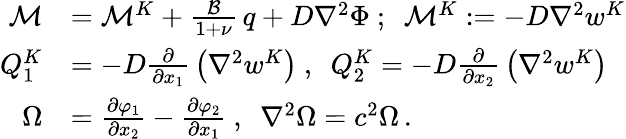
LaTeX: {\begin{array}{rl}{{\mathcal{M}}}&{={\mathcal{M}}^{K}+{\frac{\mathcal{B}}{1+\nu}}\, q+D\nabla^{2}\Phi~;~~{\mathcal{M}}^{K}:=-D\nabla^{2}w^{K}}\\ {Q_{1}^{K}}&{=-D{\frac{\partial}{\partial x_{1}}}\left(\nabla^{2}w^{K}\right)~,~~Q_{2}^{K}=-D{\frac{\partial}{\partial x_{2}}}\left(\nabla^{2}w^{K}\right)}\\ {\Omega}&{={\frac{\partial\varphi_{1}}{\partial x_{2}}}-{\frac{\partial\varphi_{2}}{\partial x_{1}}}~,~~\nabla^{2}\Omega=c^{2}\Omega\, .}\end{array}}